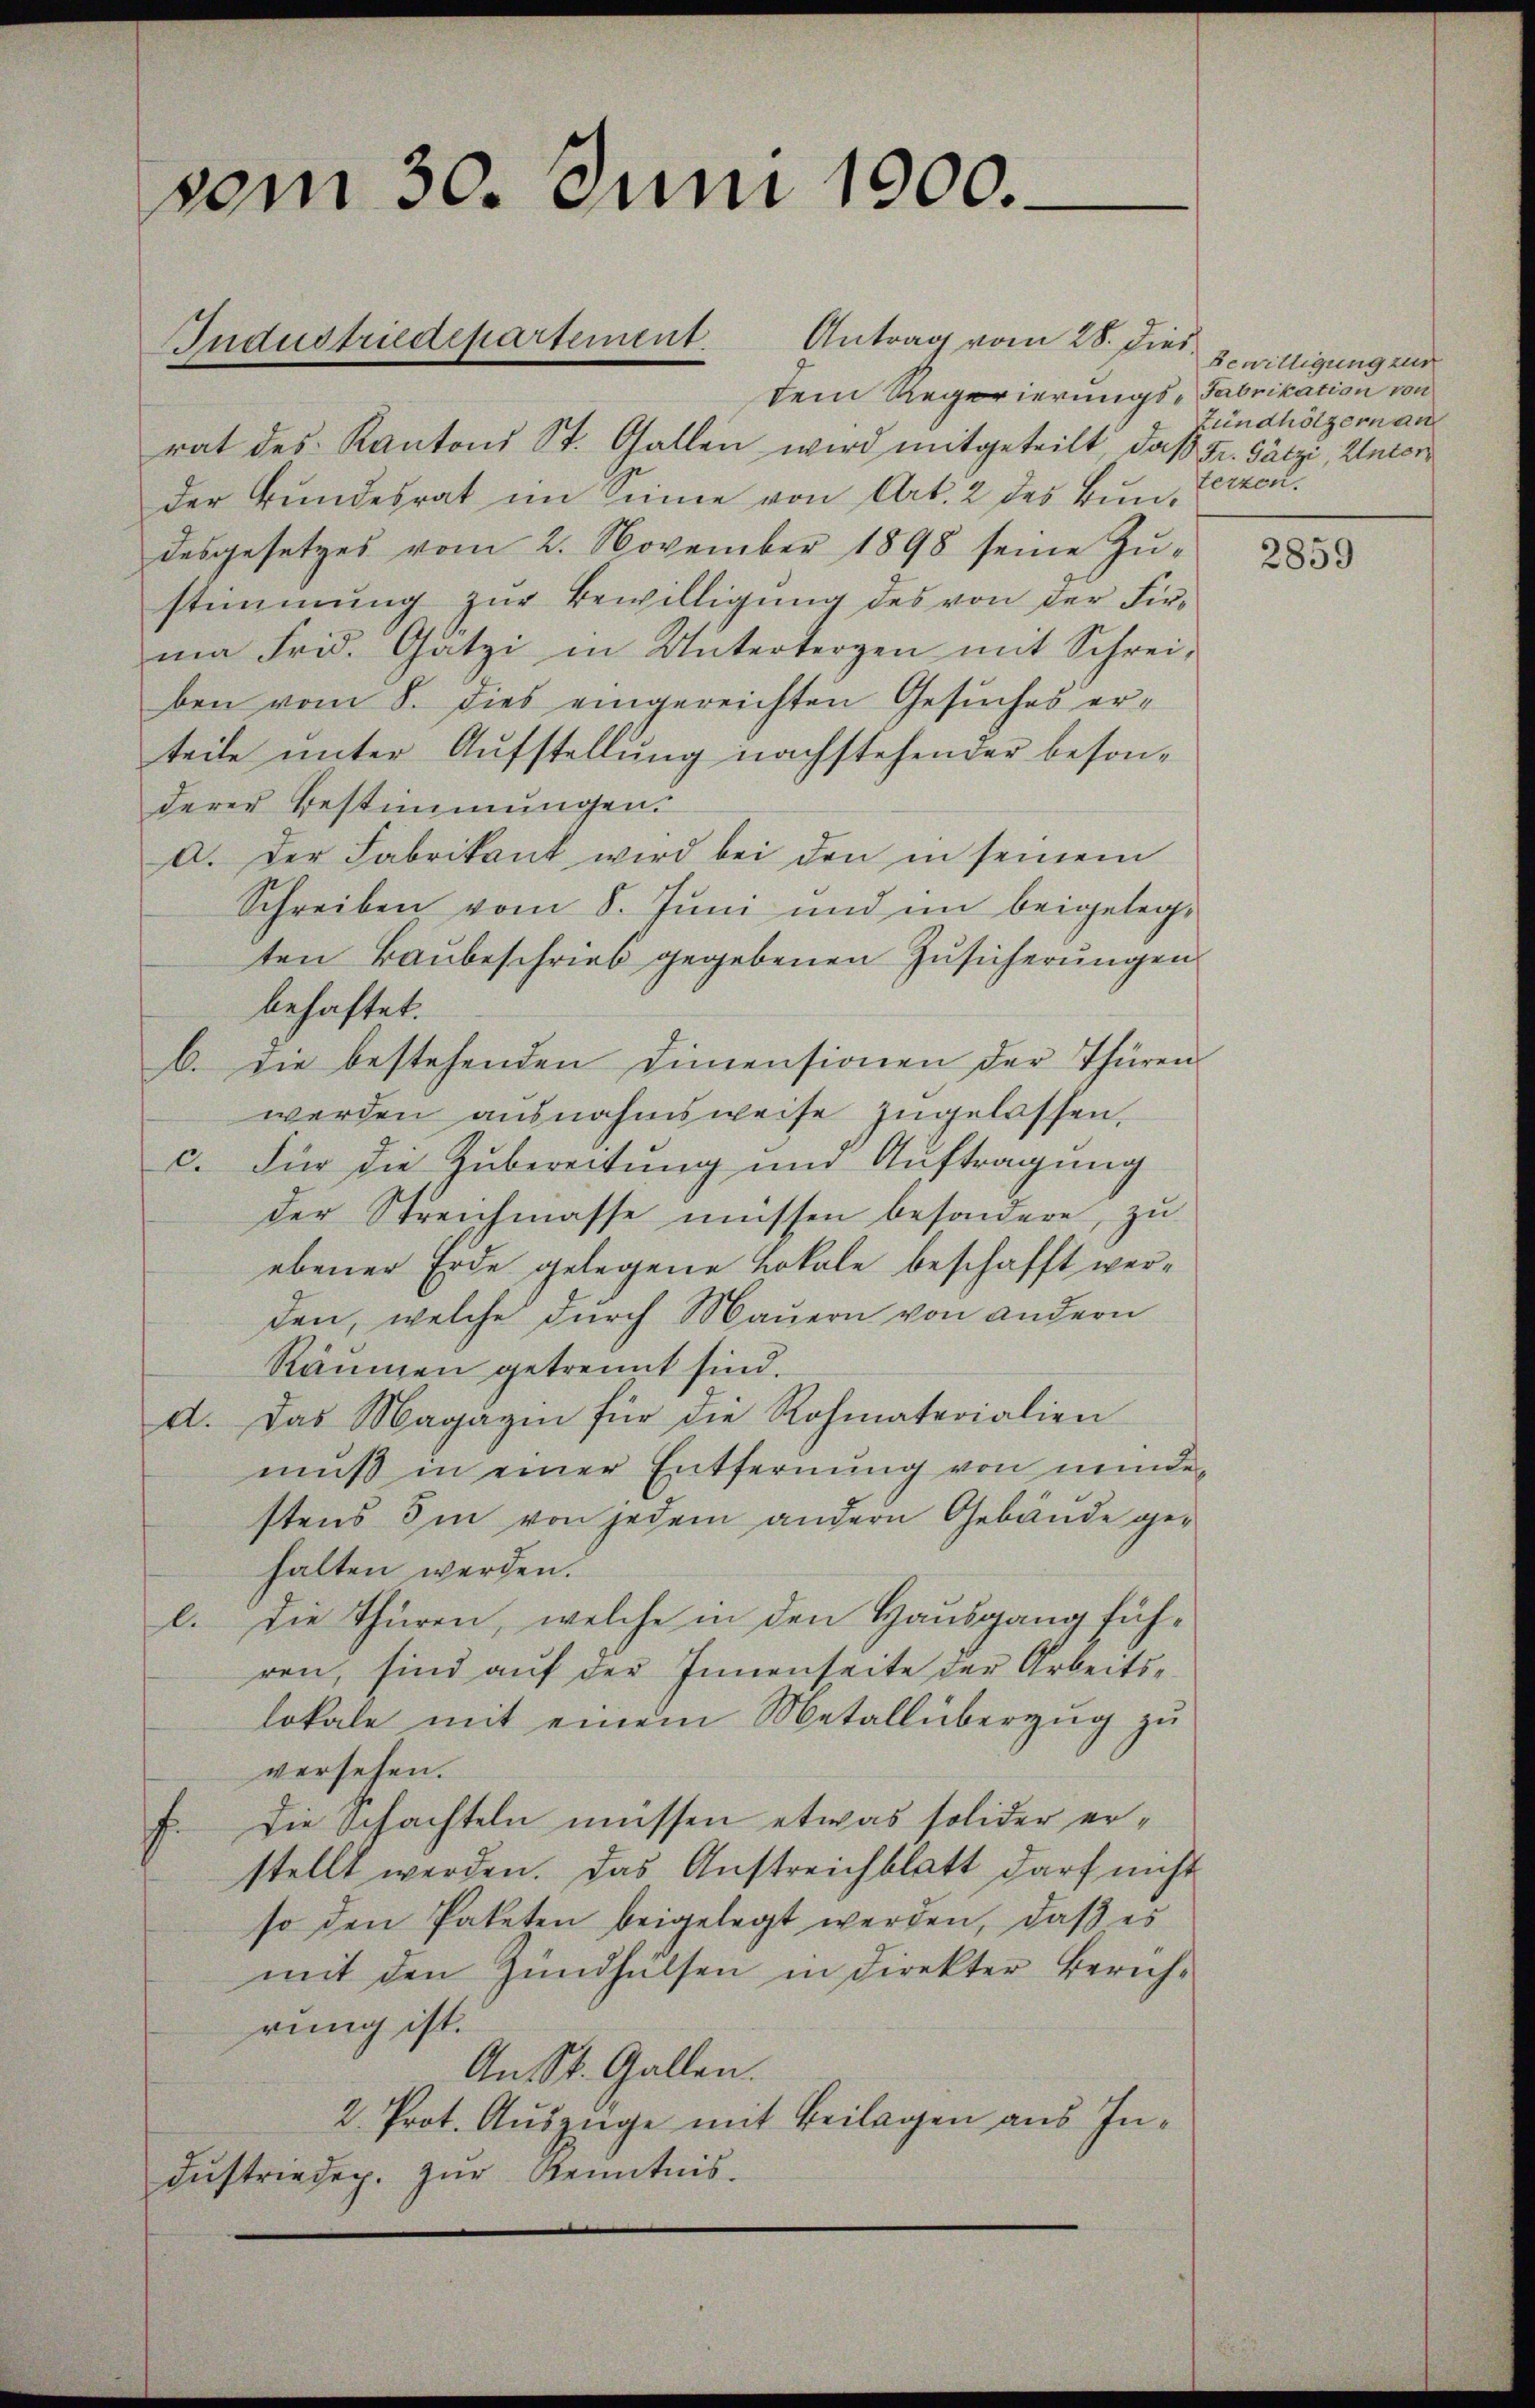
vom 30. Juni 1900.
Industriedepartement. Antrag vom 28. Dies

dem Regerierungs-Fabrikation von
rat des Kantons St. Gallen wird mitgeteilt, daβ Fr. Satzi, Unterder Bundesrat im Sinne von Art. 2 des Bundesgesetzes vom 2. November 1898 seine Zŭ-
stimmung zur Bewilligung des von der Firma Frid. Gatzi in Unterbergen mit Schrei-
ben vom 8. dies eingereichten Gesuches erteile unter Aufstellung nachstehender besonderer Bestimmungen.
a. Der Fabrikant wird bei den in seinem
Schreiben vom 8. Juni und im beigelegten Baubeschrieb gegebenen Zusicherungen
behaftet.
b. Die bestehenden Dimensionen der Thüren
werden ausnahmsweise zugelassen,
c. Für die Zubereitung und Auftragung
der Streichmasse müssen besondere, zu
ebener Erde gelegene Lokale beschafft werden, welche durch Mauern von andern
Räumen getrennt sind.
a. Das Magazin für die Rohmaterialien
muß in einer Entfernung von minden
stens im von jedem andern Gebäude gehalten werden.
l. Die Thüren, welche in den Hausgang führen, sind auf der Innenseite der Arbeitslokale mit einem Metallüberzug zu
versehen.
E. Die Schachteln müssen etwas solider erstellt werden. Das Anstreichblatt darf nicht
so den Paketen beigelegt werden, daß es
mit den Zündhälsen in direkter Zürich-
rung ist.
An St. Gallen.
2. Prot. Auszüge mit Beilagen aus Indŭstriedep. zŭr Kenntnis.

Bewilligung zur
Zündhölzern an
terzen.

2859